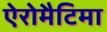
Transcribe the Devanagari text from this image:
ऐरोमैटिमा